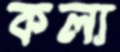
কল্য